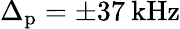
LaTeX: \Delta_{\mathrm{p}}=\pm 37\: \mathrm{kHz}